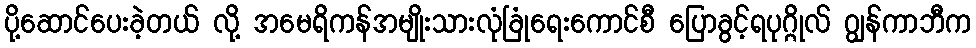
ပို့ဆောင်ပေးခဲ့တယ် လို့ အမေရိကန်အမျိုးသားလုံခြုံရေးကောင်စီ ပြောခွင့်ရပုဂ္ဂိုလ် ဂျွန်ကာဘီက